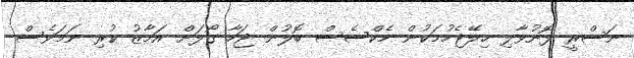
ނަސްރީ ފޮނުވާލި ހިލޭޖެހުމަކުން މެކްސެސް ބޮލުން ޖަހާ ގޯލަށް އަމާޒު ކުރި ނަމަވެސް